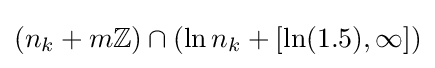
(n_{k}+m\mathbb {Z} )\cap (\ln n_{k}+[\ln(1.5),\infty ])